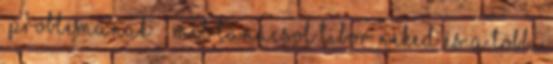
“problémának” ; mit tanácsol Tibor Neked és a többi